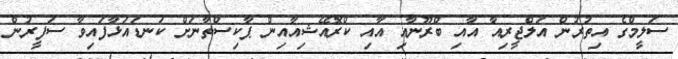
ސަލީމްގެ އިތުރުން އަލްޖީރިއާ އާއި ބްރޫނާއި އާއި ކްރޮއޭޝިއާއިން ޕާކިސްތާނަށް ކަނޑައަޅާފައިވާ ސަފީރުން